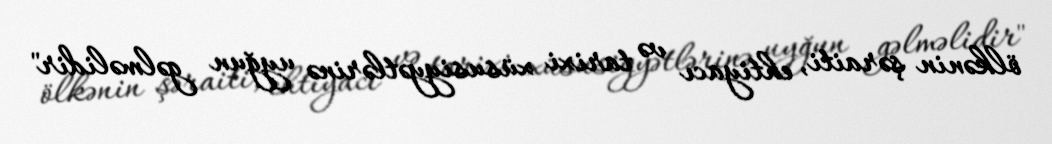
ölkənin şəraiti, ehtiyacı və tarixi xüsusiyyətlərinə uyğun gəlməlidir"